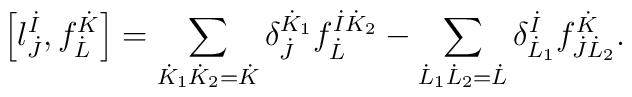
\left[ l^{\dot{I}}_{\dot{J}}, f^{\dot{K}}_{\dot{L}} \right] =    \sum_{\dot{K}_1 \dot{K}_2 = \dot{K}} \delta^{\dot{K}_1}_{\dot{J}} f^{\dot{I}\dot{K}_2}_{\dot{L}}   - \sum_{\dot{L}_1 \dot{L}_2 = \dot{L}} \delta^{\dot{I}}_{\dot{L}_1} f^{\dot{K}}_{\dot{J} \dot{L}_2}.